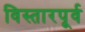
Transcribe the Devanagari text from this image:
विस्तारपूर्व